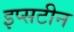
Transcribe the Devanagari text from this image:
इप्सटीन